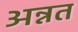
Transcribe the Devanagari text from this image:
अन्नत